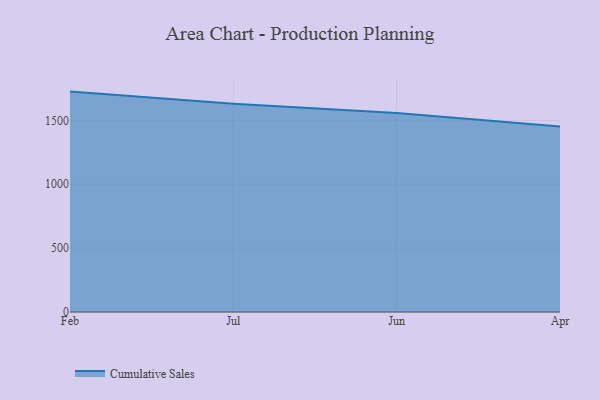
{"axis": {"x": "Month", "y": "Backlog"}, "legend": ["Cumulative Sales"], "data": [{"x": "Feb", "y": 1725.6, "type": "Cumulative Sales"}, {"x": "Jul", "y": 1630.1, "type": "Cumulative Sales"}, {"x": "Jun", "y": 1557.7, "type": "Cumulative Sales"}, {"x": "Apr", "y": 1453.0, "type": "Cumulative Sales"}]}